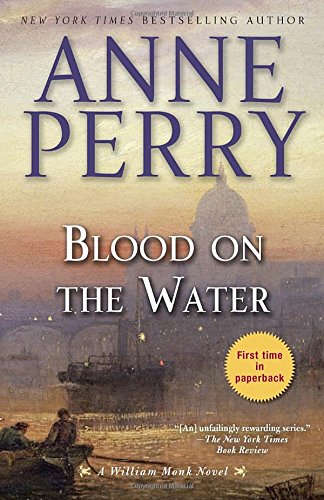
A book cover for Blood on the Water: A William Monk Novel; Anne Perry; Mystery, Thriller & Suspense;